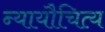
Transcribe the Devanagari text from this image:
न्यायौचित्य